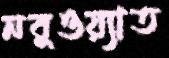
নবুওয়্যাত